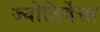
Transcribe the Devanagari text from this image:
ज्योतिर्वेत्ता